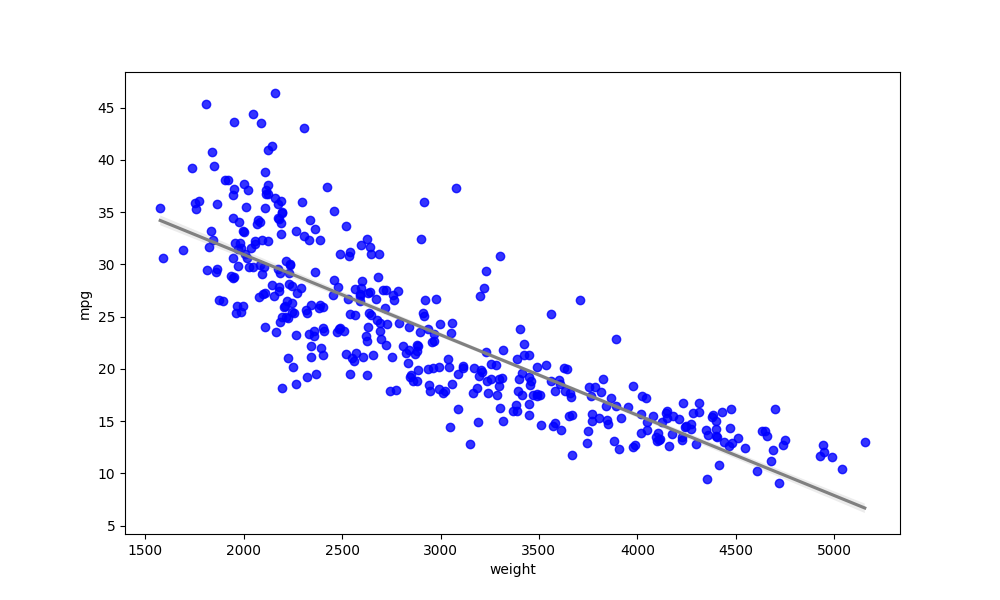
python, seaborn, regplot, order=1, ci=68, scatter_color=blue, line_color=gray